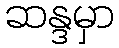
ဆန္ဒမှာ